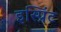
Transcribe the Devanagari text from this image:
इस्प्रिंट